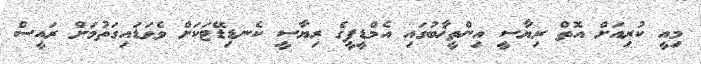
މިއީ ކުރިއަށް އޮތް ރިޔާސީ އިންތީޚާބުގައި އެމްޑީޕީގެ ރިޔާސީ ކެނޑިޑޭޓަކަށް ވެވަޑައިގަތުމަށް ރައީސް